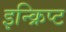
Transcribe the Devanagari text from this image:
इन्क्रिप्ट